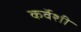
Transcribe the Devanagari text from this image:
कर्वेशी